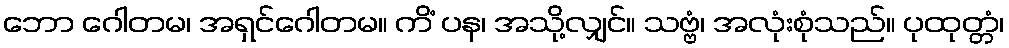
ဘော ဂေါတမ၊ အရှင်ဂေါတမ။ ကိံ ပန၊ အသို့လျှင်။ သဗ္ဗံ၊ အလုံးစုံသည်။ ပုထုတ္တံ၊